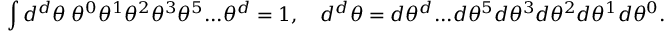
\int d ^ { d } \theta \; \theta ^ { 0 } \theta ^ { 1 } \theta ^ { 2 } \theta ^ { 3 } \theta ^ { 5 } . . . \theta ^ { d } = 1 , \quad d ^ { d } \theta = d \theta ^ { d } . . . d \theta ^ { 5 } d \theta ^ { 3 } d \theta ^ { 2 } d \theta ^ { 1 } d \theta ^ { 0 } .